system: You are a helpful assistant.
user:
Analyze the provided spectrum to determine if it is a **White Dwarf (WD)**.

A White Dwarf spectrum is defined by its **extreme purity** (due to gravitational settling) and/or **extreme pressure broadening** (due to high surface gravity). You must check for one of the following mutually exclusive signatures:

- **Key Visual Indicators (Check for ONE of these types):**

    - **1. DA-Type Signature (Most Common):**
        - **(Primary Feature):** Extreme pressure broadening (Stark broadening) of the **Hydrogen (H) Balmer lines**.
        - **(Key Lines):** $H\beta$ (approx. $4861$ Å) and $H\gamma$ (approx. $4340$ Å). $H\alpha$ (approx. $6563$ Å) will also be present if the wavelength range covers it.
        - **(Line Profile):** This is the **defining feature**. The lines are **NOT** sharp. They appear as massive, **extremely broad and deep "troughs" or "dips"** in the spectrum, often hundreds of Ångströms wide. The continuum will appear to "scoop" down at these wavelengths.
        - **(Distinction):** Normal A-type or B-type stars have *narrow* and *sharp* Hydrogen lines. A DA White Dwarf's lines are unmistakably "smeared" or "blurry" from pressure.

    - **2. DB-Type Signature:**
        - **(Primary Feature):** Broad absorption lines from **Neutral Helium (He I)**. The spectrum must lack any visible Hydrogen lines.
        - **(Key Lines):** Look for broad absorption near $4471$ Å, $4921$ Å, and $5876$ Å.
        - **(Line Profile):** These lines are also significantly pressure-broadened, appearing much wider than they would in a normal B-type main-sequence star.

    - **3. DC-Type Signature:**
        - **(Primary Feature):** A **featureless continuous spectrum**.
        - **(Line Profile):** The spectrum is a smooth curve with **no significant absorption or emission lines**.
        - **(Key Confirmation):** The continuum is almost always **blue or white**, indicating a hot object. This signature implies the atmosphere is so pure (or so cool) that no spectral lines are visible in the optical range. Its WD identity is confirmed by its extremely low intrinsic brightness (high absolute magnitude).

    - **4. DZ-Type Signature (Metal-Polluted):**
        - **(Primary Feature):** **Isolated, narrow metal absorption lines** on an otherwise featureless (DC-like) continuum.
        - **(Key Lines):** The **Calcium (Ca II) H & K doublet** (approx. **$3934$ Å** and **$3968$ Å**) is the most common and defining feature.
        - **(Line Profile):** These lines are "out of place." They are *not* part of a "forest" of thousands of lines. This signature is evidence of recent *accretion* (pollution) from rocky debris.
        - **(Distinction):** Normal G/K/M stars have a *dense forest* of thousands of metal lines. A DZ has a *clean* continuum with *only a few* strong metal lines.

    - **5. DQ-Type Signature (Carbon-Polluted):**
        - **(Primary Feature):** Absorption bands from **Carbon (C₂ "Swan Bands" or atomic C I)**.
        - **(Key Lines - C₂):** Look for bandheads with a "saw-tooth" shape near $5635$ Å, **$5165$ Å** (strongest), and $4737$ Å.
        - **(Key Confirmation):** The underlying **continuum must be blue or white** (hot).
        - **(Distinction):** This is the critical difference from a **Carbon Star**, which has the *exact same* C₂ bands but on an extremely **red, cool** continuum.

- **(Overall Spectrum):**
    - The continuum (overall shape) is typically **blue-sloping** (brighter in the blue than the red), as most white dwarfs are very hot.
    - The spectrum will look "pure" or "simple," dominated by only *one* of the five signatures listed above.

Think first, call **spectral_visualization_tool** if needed to examine features in detail, then provide your final answer. Your response must adhere to the following strict rules:
1.  **Overall Structure:** Your response must follow the format `<think>...</think> <tool_call>...</tool_call> (if a tool is used) <answer>...</answer>`.
2.  **Tool Usage Constraint:** You may only make **one** tool call per turn.
3.  **Final Answer Format:** In the `<answer>` tag, your conclusion must be inside a `\boxed{}` command (e.g., `\boxed{YES}` or `\boxed{NO}`), followed by your justification.

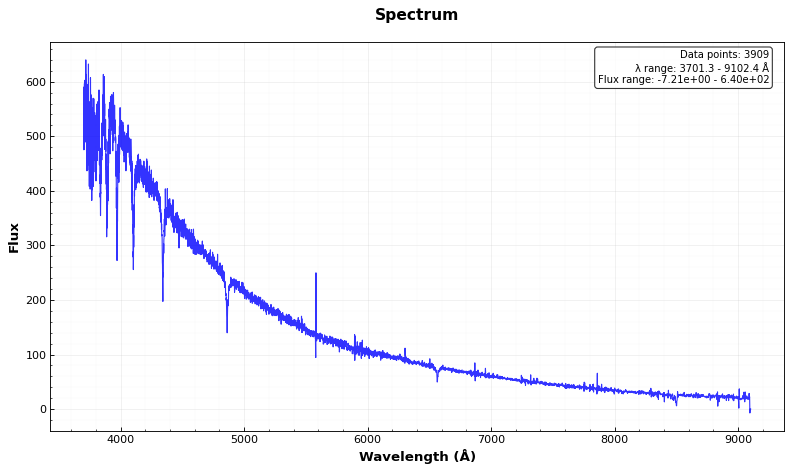
Answer: YES